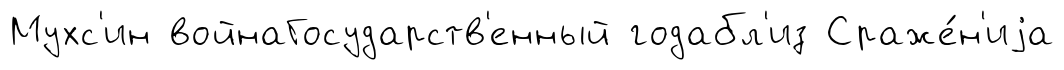
Мухс'ин войнаГосударств'енный годабл'из Сраже́н'иjа